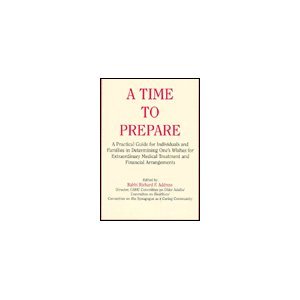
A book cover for A Time to Prepare: A Practical Guide for Individuals and Families in Determining One's Wishes for Extraordinary Medical Treatment and Financial Arra; Law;